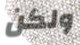
ولكن